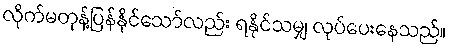
လိုက်မတုန့်ပြန်နိုင်သော်လည်း ရနိုင်သမျှ လုပ်ပေးနေသည်။